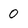
Character: 0